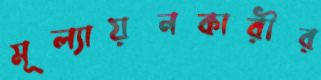
মূল্যায়নকারীর